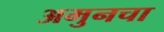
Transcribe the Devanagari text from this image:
अमुनचा